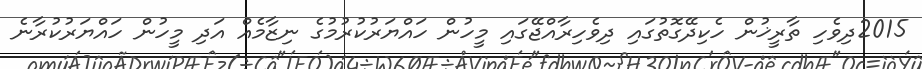
2015ދިވެހި ތާރީޚުން ހެކިދޭގޮތުގައި ދިވެހިރާއްޖޭގައި މީހުން ހައްޔަރުކުރުމުގެ ނިޒާމެއް އަދި މީހުން ހައްޔަރުކުރާނެ